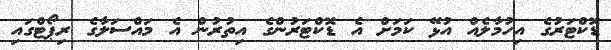
ޑޮކްޓަރުގެ އިހުމާލެއް އުޅޭ ކަމަށް އެ ޑޮކްޓަރުންގެ އިތުރުން އެ މައްސަލާގެ ރިޕޯޓްގައި